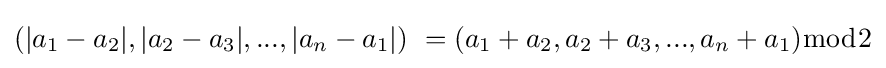
(|a_{1}-a_{2}|,|a_{2}-a_{3}|,...,|a_{n}-a_{1}|)\ =(a_{1}+a_{2},a_{2}+a_{3},...,a_{n}+a_{1}){\bmod {2}}